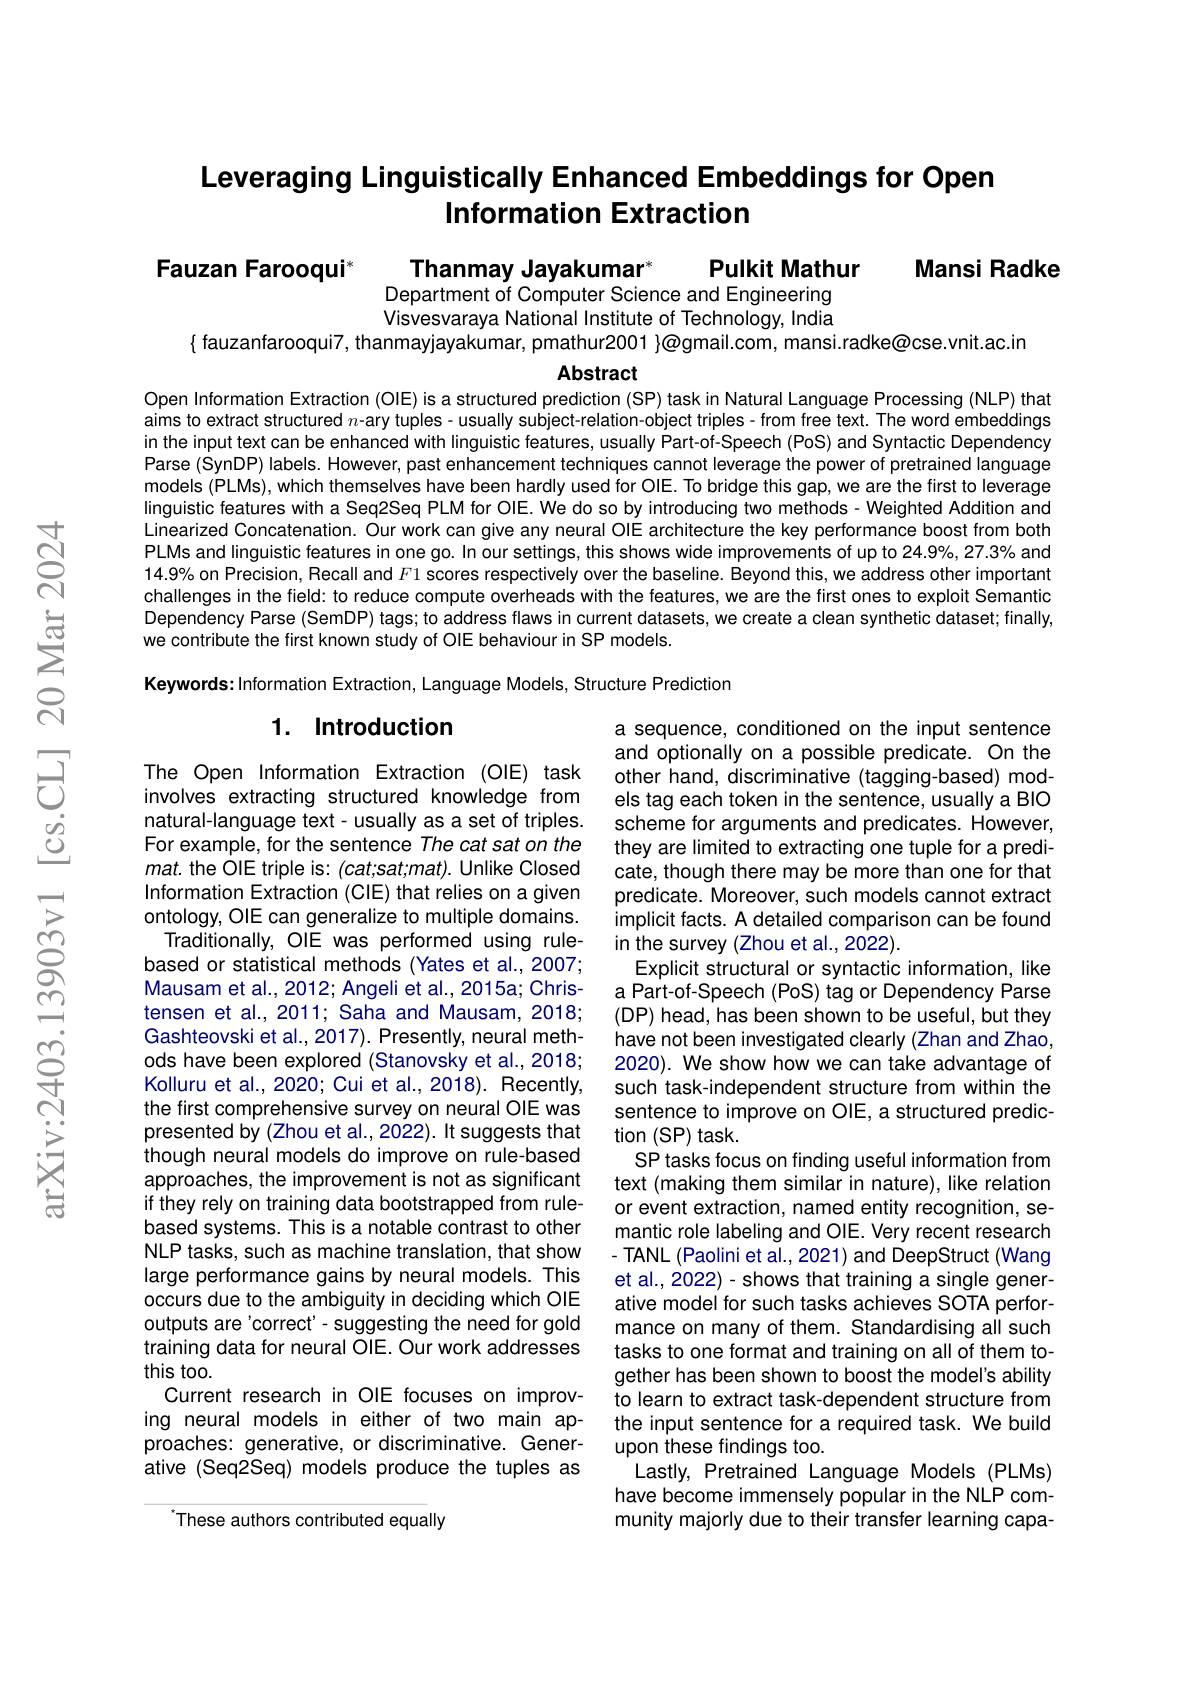
## Leveraging Linguistically Enhanced Embeddings for Open Information Extraction

Mansi Radke

Fauzan Farooqui*

Thanmay Jayakumar$^*$
Department of Computer Science and Engineering

Pulkit Mathur
Visvesvaraya National Institute of Technology, India
$\{$ fauzanfarooqui7, thanmayjayakumar, pmathur2001 $\}\textcircled{\text{@gmail.com, mansi.radke@cse.vnit.ac.in}}$
Abstract

Open Information Extraction (OIE) is a structured prediction (SP) task in Natural Language Processing (NLP) that aims to extract structured $n$-ary tuples- usually subject-relation-object triples- from free text. The word embeddings in the input text can be enhanced with linguistic features, usually Part-of-Speech (PoS) and Syntactic Dependency Parse (SynDP) labels. However, past enhancement techniques cannot leverage the power of pretrained language models (PLMs), which themselves have been hardly used for OIE. To bridge this gap, we are the first to leverage linguistic features with a Seq2Seq PLM for OIE. We do so by introducing two methods - Weighted Addition and Linearized Concatenation. Our work can give any neural OIE architecture the key performance boost from both PLMs and linguistic features in one go. In our settings, this shows wide improvements of up to 24.9%, 27.3% and 14.9% on Precision, Recall and $F1$ scores respectively over the baseline. Beyond this, we address other important challenges in the field: to reduce compute overheads with the features, we are the first ones to exploit Semantic Dependency Parse (SemDP) tags; to address flaws in current datasets, we create a clean synthetic dataset; finally, we contribute the first known study of OIE behaviour in SP models.

Keywords: Information Extraction, Language Models, Structure Prediction

## 1. Introduction

The Open Information Extraction (OIE) task involves extracting structured knowledge from natural-language text- usually as a set of triples. For example, for the sentence The cat sat on the $mat.$ the OlE triple is: (cat;sat;mat). Unlike Closed Information Extraction (CIE) that relies on a given ontology, OIE can generalize to multiple domains. Traditionally, OIE was performed using rulebased or statistical methods (Yates et al.,2007; Mausam et al., 2012; Angeli et al., 2015a; Christensen et al., 2011; Saha and Mausam, 2018; Gashteovski et al., 2017). Presently, neural methods have been explored (Stanovsky et al., 2018; Kolluru et al., 2020; Cui et al., 2018). Recently, the first comprehensive survey on neural OIE was presented by (Zhou et al., 2022). It suggests that though neural models do improve on rule-based approaches, the improvement is not as significant if they rely on training data bootstrapped from rulebased systems. This is a notable contrast to other NLP tasks, such as machine translation, that show large performance gains by neural models. This occurs due to the ambiguity in deciding which OIE outputs are'correct'- suggesting the need for gold training data for neural OIE. Our work addresses this too.
Current research in OIE focuses on improving neural models in either of two main approaches: generative, or discriminative. Generative (Seq2Seq) models produce the tuples as

a sequence, conditioned on the input sentence and optionally on a possible predicate. On the other hand, discriminative (tagging-based) models tag each token in the sentence, usually a BIO scheme for arguments and predicates. However, they are limited to extracting one tuple for a predicate, though there may be more than one for that predicate. Moreover, such models cannot extract implicit facts. A detailed comparison can be found in the survey (Zhou et al., 2022)
Explicit structural or syntactic information, like a Part-of-Speech (PoS) tag or Dependency Parse (DP) head, has been shown to be useful, but they have not been investigated clearly (Zhan and Zhao, 2020). We show how we can take advantage of such task-independent structure from within the sentence to improve on OIE, a structured prediction $(\mathsf{SP})$ task
SP tasks focus on finding useful information from text (making them similar in nature), like relation or event extraction, named entity recognition, semantic role labeling and OIE. Very recent research - TANL (Paolini et al., 2021) and DeepStruct (Wang et al., 2022) - shows that training a single generative model for such tasks achieves SOTA performance on many of them. Standardising all such tasks to one format and training on all of them together has been shown to boost the model's ability to learn to extract task-dependent structure from the input sentence for a required task. We build upon these findings too.
Lastly, Pretrained Language Models (PLMs) have become immensely popular in the NLP community majorly due to their transfer learning capa-

These authors contributed equally